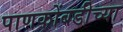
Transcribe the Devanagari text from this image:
पाणकोंबडीच्या